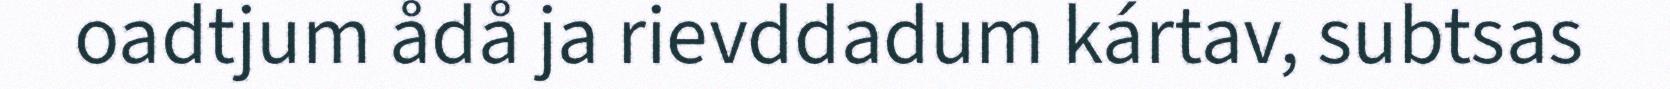
oadtjum ådå ja rievddadum kártav, subtsas